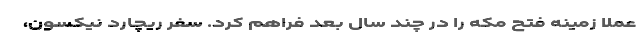
عملا زمینه فتح مکه را در چند سال بعد فراهم کرد. سفر ریچارد نیکسون،